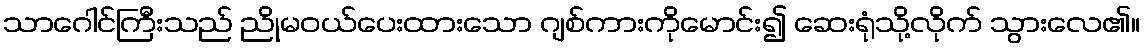
သာဂေါင်ကြီးသည် ညိုမဝယ်ပေးထားသော ဂျစ်ကားကိုမောင်း၍ ဆေးရုံသို့လိုက် သွားလေ၏။